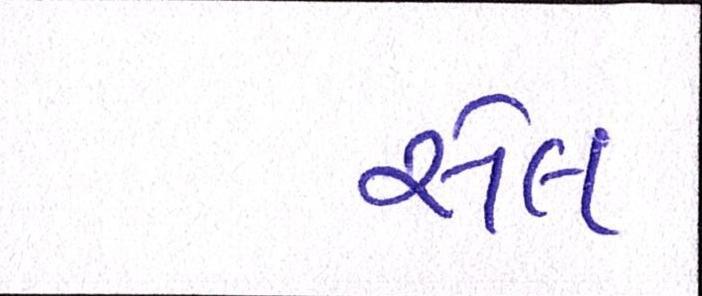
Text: સેલ